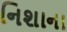
નિશાના